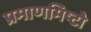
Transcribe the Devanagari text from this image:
प्रमाणमिष्टो